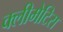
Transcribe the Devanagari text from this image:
क्लीमेटिस